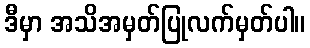
ဒီမှာ အသိအမှတ်ပြုလက်မှတ်ပါ။